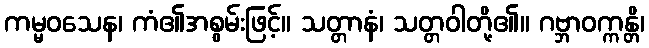
ကမ္မဝသေန၊ ကံ၏အစွမ်းဖြင့်။ သတ္တာနံ၊ သတ္တဝါတို့၏။ ဂဗ္ဘာဝက္ကန္တိ၊